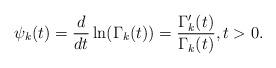
LaTeX: \begin{align*}\psi_k(t)=\frac{d}{dt}\ln(\Gamma_k(t))=\frac{\Gamma_k'(t)}{\Gamma_k(t)},t>0.\end{align*}